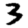
Digit: 3